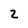
Character: 2